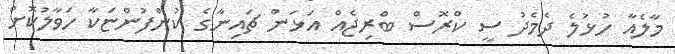
މާލެއާ ހުޅުލެ ދެމެދު ސީ ކްރޮސް ބްރިޖެއް އަޅަން ޗައިނާގެ ކުންފުންޏަކާ ހަވާލުކޮށް